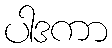
ပါဒကာ